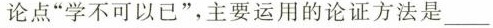
论点”学不可以已”，主要运用的论证方法是_____